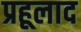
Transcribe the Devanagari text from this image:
प्रहूलाद